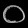
Digit: ၀